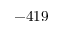
- 4 1 9